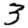
Digit: 3